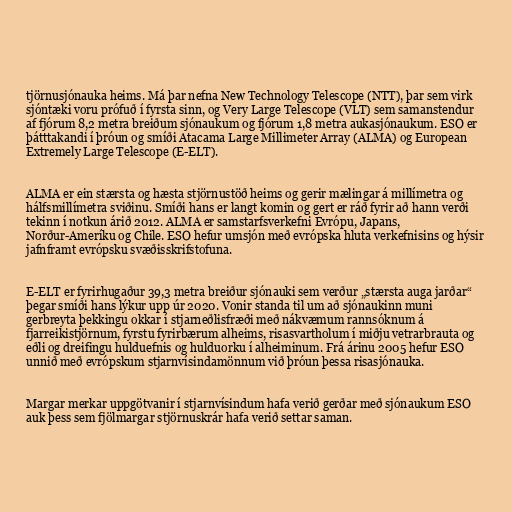
tjörnusjónauka heims. Má þar nefna New Technology Telescope (NTT), þar sem virk
sjóntæki voru prófuð í fyrsta sinn, og Very Large Telescope (VLT) sem samanstendur
af fjórum 8,2 metra breiðum sjónaukum og fjórum 1,8 metra aukasjónaukum. ESO er
þátttakandi í þróun og smíði Atacama Large Millimeter Array (ALMA) og European
Extremely Large Telescope (E-ELT).

ALMA er ein stærsta og hæsta stjörnustöð heims og gerir mælingar á millímetra og
hálfsmillímetra sviðinu. Smíði hans er langt komin og gert er ráð fyrir að hann verði
tekinn í notkun árið 2012. ALMA er samstarfsverkefni Evrópu, Japans,
Norður-Ameríku og Chile. ESO hefur umsjón með evrópska hluta verkefnisins og hýsir
jafnframt evrópsku svæðisskrifstofuna.

E-ELT er fyrirhugaður 39,3 metra breiður sjónauki sem verður „stærsta auga jarðar“
þegar smíði hans lýkur upp úr 2020. Vonir standa til um að sjónaukinn muni
gerbreyta þekkingu okkar í stjarneðlisfræði með nákvæmum rannsóknum á
fjarreikistjörnum, fyrstu fyrirbærum alheims, risasvartholum í miðju vetrarbrauta og
eðli og dreifingu hulduefnis og hulduorku í alheiminum. Frá árinu 2005 hefur ESO
unnið með evrópskum stjarnvísindamönnum við þróun þessa risasjónauka.

Margar merkar uppgötvanir í stjarnvísindum hafa verið gerðar með sjónaukum ESO
auk þess sem fjölmargar stjörnuskrár hafa verið settar saman.